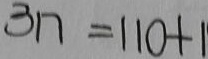
3 1 7 = 1 1 0 + 1